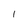
Character: 1